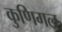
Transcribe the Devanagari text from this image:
कुणिगल